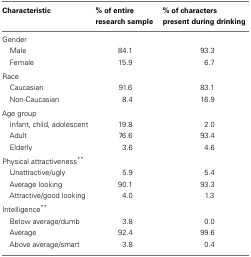
<table><thead><tr><td><b>Characteristic</b></td><td><b>% of entire research sample</b></td><td><b>% of characters present during drinking</b></td></tr></thead><tbody><tr><td>Gender</td></tr><tr><td> Male</td><td>84.1</td><td>93.3</td></tr><tr><td> Female</td><td>15.9</td><td>6.7</td></tr><tr><td>Race</td></tr><tr><td> Caucasian</td><td>91.6</td><td>83.1</td></tr><tr><td> Non-Caucasian</td><td>8.4</td><td>16.9</td></tr><tr><td>Age group</td></tr><tr><td> Infant, child, adolescent</td><td>19.8</td><td>2.0</td></tr><tr><td> Adult</td><td>76.6</td><td>93.4</td></tr><tr><td> Elderly</td><td>3.6</td><td>4.6</td></tr><tr><td>Physical attractiveness**</td></tr><tr><td> Unattractive/ugly</td><td>5.9</td><td>5.4</td></tr><tr><td> Average looking</td><td>90.1</td><td>93.3</td></tr><tr><td> Attractive/good looking</td><td>4.0</td><td>1.3</td></tr><tr><td>Intelligence**</td></tr><tr><td> Below average/dumb</td><td>3.8</td><td>0.0</td></tr><tr><td> Average</td><td>92.4</td><td>99.6</td></tr><tr><td> Above average/smart</td><td>3.8</td><td>0.4</td></tr></tbody></table>